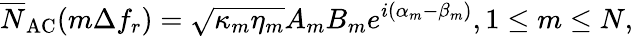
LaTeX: \overline{N}_{\mathrm{AC}}(m\Delta f_{r})=\sqrt{\kappa_{m}\eta_{m}}A_{m}B_{m}e^{i(\alpha_{m}-\beta_{m})},1\le m\le N,